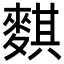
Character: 𪍀